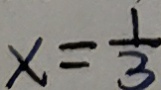
x = \frac { 1 } { 3 }